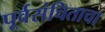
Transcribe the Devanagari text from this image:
पूर्वसंचिताचा